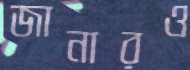
জানারও